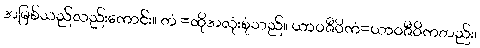
အမြစ်သည်လည်းကောင်း။ တံ =ထိုအလုံးစုံသည်။ ယာဝဇီဝိကံ=ယာဝဇီဝိကတည်း၊